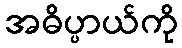
အဓိပ္ပာယ်ကို